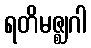
ရတိမဇ္ဈဂါ